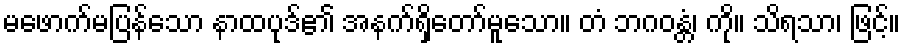
မဖောက်မပြန်သော နာထပုဒ်၏ အနက်ရှိတော်မူသော။ တံ ဘဂဝန္တံ၊ ကို။ သိရသာ၊ ဖြင့်။